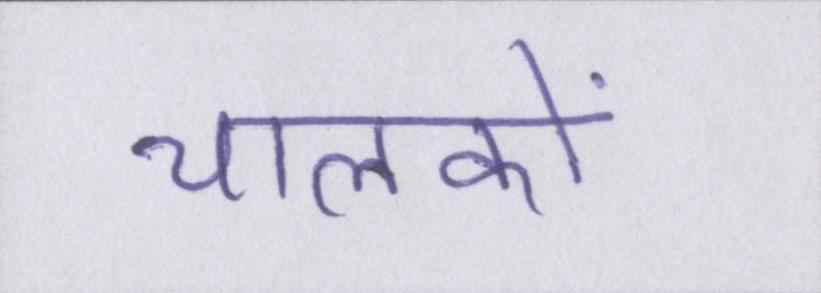
चालकों